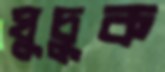
ঘুচুক